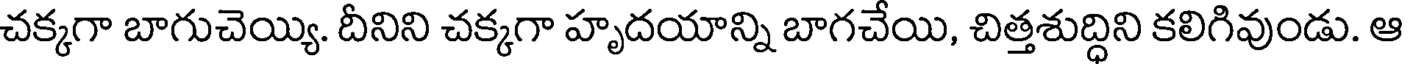
చక్కగా బాగుచెయ్యి. దీనిని చక్కగా హృదయాన్ని బాగచేయి, చిత్తశుద్ధిని కలిగివుండు. ఆ